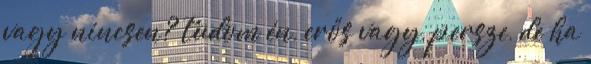
vagy nincsen? tudom én, erős vagy, persze, de ha